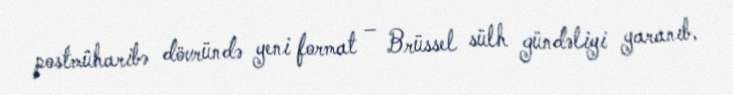
postmüharibə dövründə yeni format – Brüssel sülh gündəliyi yaranıb.